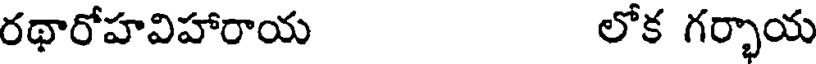
రథారోహవిహారాయ లోక గర్భాయ